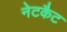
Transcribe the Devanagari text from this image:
नेटकैट